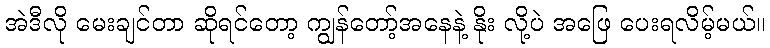
အဲဒီလို မေးချင်တာ ဆိုရင်တော့ ကျွန်တော့်အနေနဲ့ နိုး လို့ပဲ အဖြေ ပေးရလိမ့်မယ်။